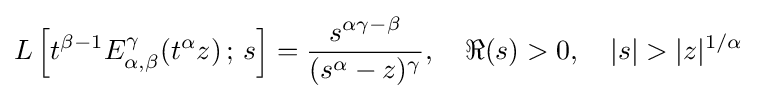
L\left[t^{\beta -1}E_{\alpha ,\beta }^{\gamma }(t^{\alpha }z)\,;\,s\right]={\frac {s^{\alpha \gamma -\beta }}{(s^{\alpha }-z)^{\gamma }}},\quad \Re (s)>0,\quad |s|>|z|^{1/\alpha }